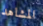
المشاهد